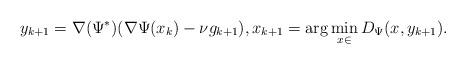
LaTeX: \begin{align*}y_{k+1} = \nabla(\Psi^*) (\nabla \Psi(x_k) - \nu g_{k+1}), x_{k+1} = \arg \min\limits_{x \in \mathcal{}} D_{\Psi}(x, y_{k+1}).\end{align*}